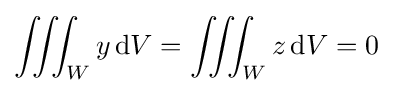
\iiint _{W}y\,\mathrm {d} V=\iiint _{W}z\,\mathrm {d} V=0